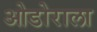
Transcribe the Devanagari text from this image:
ओडोराला